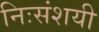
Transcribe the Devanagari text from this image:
निःसंशयी